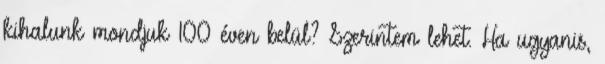
kihalunk mondjuk 100 éven belül? Szerintem lehet. Ha ugyanis,